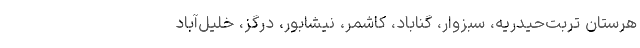
هرستان تربت‌حیدریه، سبزوار، گناباد، کاشمر، نیشابور، درگز، خلیل‌آباد